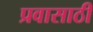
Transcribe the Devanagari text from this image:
प्रवासाठी